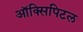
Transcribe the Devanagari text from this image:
ऑक्सिपिटल